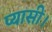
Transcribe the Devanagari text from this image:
प्यासी।